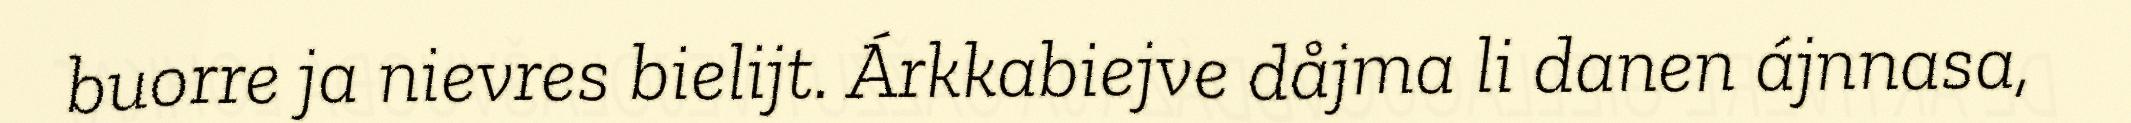
buorre ja nievres bielijt. Árkkabiejve dåjma li danen ájnnasa,